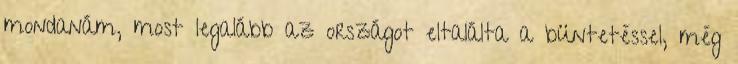
mondanám, most legalább az országot eltalálta a büntetéssel, még